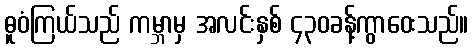
ဓူဝံကြယ်သည် ကမ္ဘာမှ အလင်းနှစ် ၄၃၀ခန့်ကွာဝေးသည်။